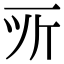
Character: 𫝂